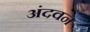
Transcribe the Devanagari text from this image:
अंदवन